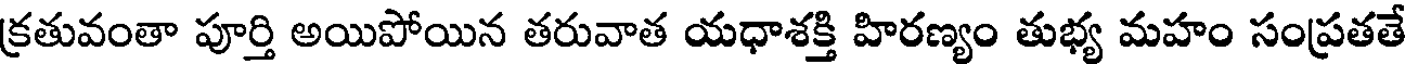
క్రతువంతా పూర్తి అయిపోయిన తరువాత యధాశక్తి హిరణ్యం తుభ్య మహం సంప్రతతే